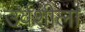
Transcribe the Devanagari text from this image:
उर्वशीला